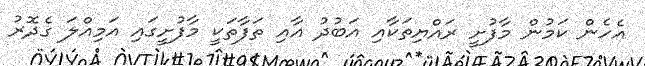
އެހެން ކަމުން މާފުށީ ރައްޔިތަކާއި އަބުދު އާއި ތަފާތަކީ މާފުށީގައި އަމިއްލަ ގެދޮރު